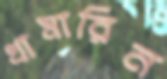
খামারিন